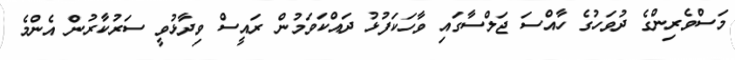
މަސްވެރިންގެ ދުވަހުގެ ހާއްސަ ޖަލްސާގައި ވާހަކަފުޅު ދައްކަވަމުން ރައީސް ވިދާޅުވީ ސަރުކާރުން އެންމެ